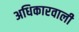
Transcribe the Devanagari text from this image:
अधिकारवाली